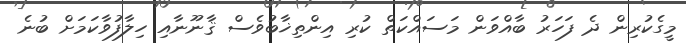
މީގެކުރިން ދެ ފަހަރު ބާއްވަން މަސައްކަތް ކުރި އިންތިޚާބުވެސް ޤާނޫނާއި ހިލާފުވާކަމަށް ބުނެ